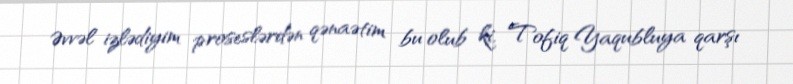
Əvvəl izlədiyim proseslərdən qənaətim bu olub ki, Tofiq Yaqubluya qarşı